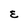
Character: E